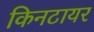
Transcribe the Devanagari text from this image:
किनटायर